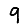
Digit: 9